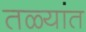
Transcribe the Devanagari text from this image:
तळ्यांत